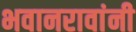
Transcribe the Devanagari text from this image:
भवानरावांनी